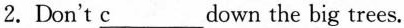
2.Don't \underline{c}___ down the big trees.